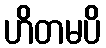
ဟိတမပိ